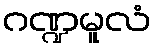
ဂဏ္ဍမူလံ